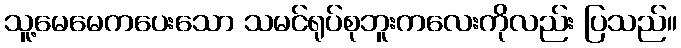
သူ့မေမေကပေးသော သမင်ရုပ်စုဘူးကလေးကိုလည်း ပြသည်။